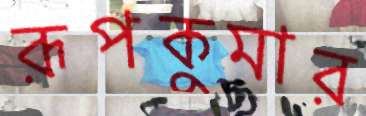
রূপকুমার